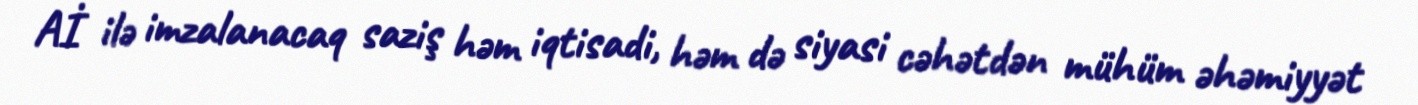
Aİ ilə imzalanacaq saziş həm iqtisadi, həm də siyasi cəhətdən mühüm əhəmiyyət